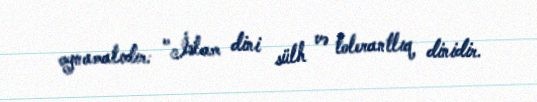
oynamalıdır: "İslam dini sülh və tolerantlıq dinidir.